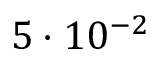
5 \cdot 1 0 ^ { - 2 } ~ \